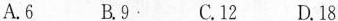
A.6 B.9 C.12 D.18